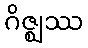
ဂိဇ္ဈဿ